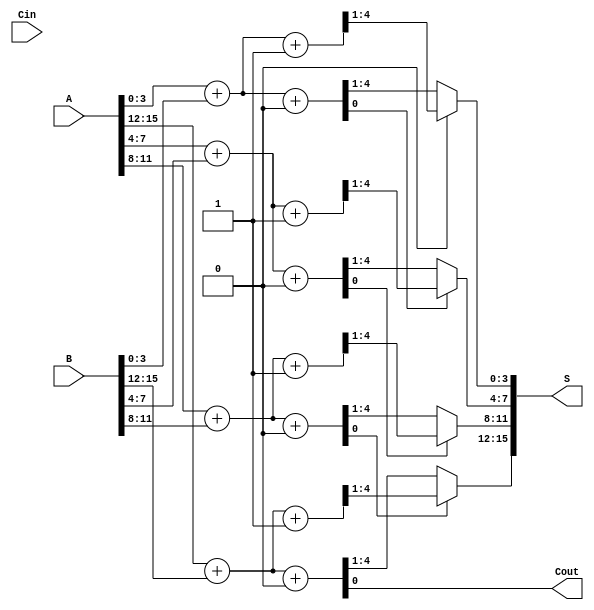
module han_carlson_adder #(parameter N = 16, parameter BLOCK_SIZE = 4) (
    input  [N-1:0] A,      // First operand
    input  [N-1:0] B,      // Second operand
    input          Cin,     // Carry-in for the least significant bit
    output [N-1:0] S,      // Sum output
    output         Cout     // Carry-out
);
    
    localparam NUM_BLOCKS = N / BLOCK_SIZE;

    wire [BLOCK_SIZE-1:0] sum[NUM_BLOCKS-1:0];
    wire [NUM_BLOCKS:0] carry_out; // Carry out from each block

    // Block-wise computation
    genvar i;
    generate
        for (i = 0; i < NUM_BLOCKS; i = i + 1) begin : block
            wire [BLOCK_SIZE-1:0] A_block = A[(i+1)*BLOCK_SIZE-1:i*BLOCK_SIZE];
            wire [BLOCK_SIZE-1:0] B_block = B[(i+1)*BLOCK_SIZE-1:i*BLOCK_SIZE];
            wire Cin_block = carry_out[i]; // Carry in for this block

            // Carry select logic for each block
            wire [BLOCK_SIZE:0] sum0, sum1; // Sums assuming carry-in 0 and 1
            assign {sum0, carry_out[i+1]} = A_block + B_block + 1'b0;
            assign {sum1, carry_out[i+1]} = A_block + B_block + 1'b1;

            // Select the correct sum based on the carry-in
            assign sum[i] = Cin_block ? sum1[BLOCK_SIZE-1:0] : sum0[BLOCK_SIZE-1:0];
        end
    endgenerate

    // Final sum construction
    assign S = {sum[NUM_BLOCKS-1], sum[NUM_BLOCKS-2], sum[NUM_BLOCKS-3], sum[NUM_BLOCKS-4]};
    assign Cout = carry_out[NUM_BLOCKS];

endmodule